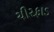
ચીરફાડ